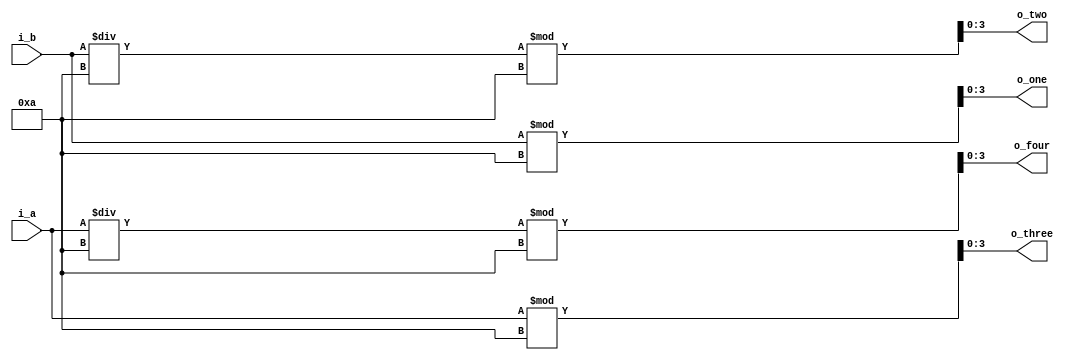
`timescale 1ns / 1ps
//////////////////////////////////////////////////////////////////////////////////
// Company: 
// Engineer: 
// 
// Design Name: 
// Module Name: digit_divider_sec
// Project Name: 
// Target Devices: 
// Tool Versions: 
// Description: 
// 
// Dependencies: 
// 
// Revision:
// Revision 0.01 - File Created
// Additional Comments:
// 
//////////////////////////////////////////////////////////////////////////////////


module digit_divider_sec(
    input [5:0] i_a,
    input [6:0] i_b,
    output [3:0] o_four, o_three, o_two, o_one
    );

    assign o_four = i_a/10%10;
    assign o_three = i_a%10;
    assign o_two = i_b/10%10;
    assign o_one = i_b%10;
endmodule